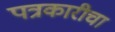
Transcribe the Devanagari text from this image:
पत्रकारीचा